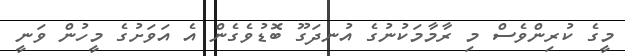
މީގެ ކުރިންވެސް މި ރާމާމަކުނުގެ އުނދަގޫ ބޮޑުވެގެން އެ އަވަށުގެ މީހުން ވަނީ